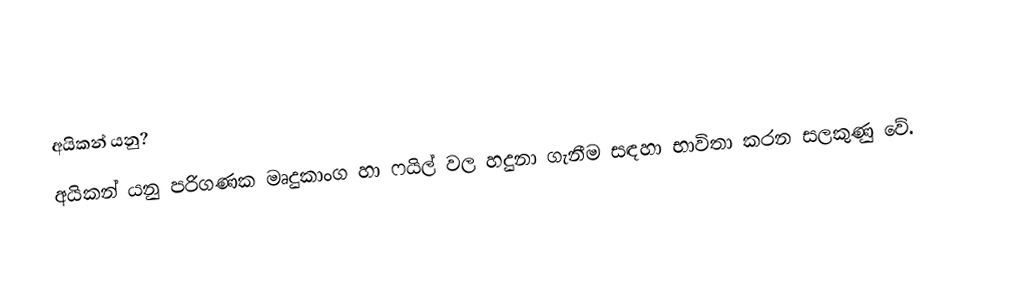
අයිකන් යනු?
අයිකන් යනු පරිගණක මෘදුකාංග හා ෆයිල් වල හදුනා ගැනීම සඳහා භාවිතා කරන සලකුණු වේ.